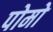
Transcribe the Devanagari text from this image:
पोमो